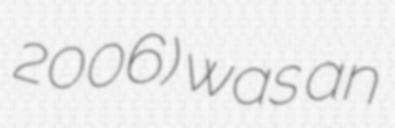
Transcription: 2006) was an